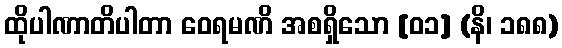
ထိုပါဏာတိပါတာ ဝေရမဏိ အစရှိသော [၀၁] (နိ၊ ၁၈၈)